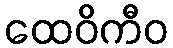
ထေဝိကီဝ